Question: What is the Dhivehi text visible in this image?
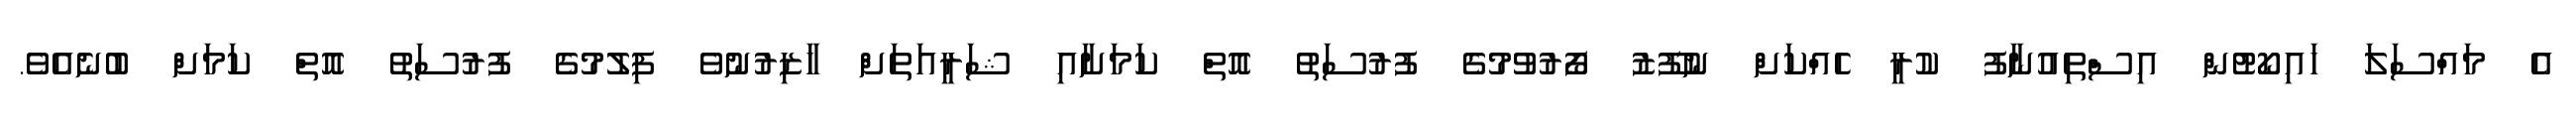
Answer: އެ މައްސަލަ ހައިކޯޓުން އިސްތިއުނާފު ކުރީ ހެއްކަށް ނުފޫޒު ފޯރުވުމުގެ ފުރުސަތު އޮތް ކަމަށާއި ޝަރީއަތަށް ހާޒިރުނުވެ ފިލުމުގެ ފުރުސަތު އޮތް ކަމަށް ބުނެއެވެ.